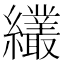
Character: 𦇱